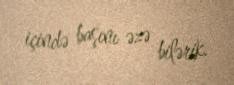
içində başını əzə bilərik.